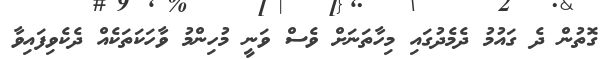
ގޮތުން ދެ ގައުމު ދެމެދުގައި މިހާތަނަށް ވެސް ވަނީ މުހިންމު ވާހަކަތަކެއް ދެކެވިފައިވާ